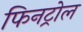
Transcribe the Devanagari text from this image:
फिनट्रोल